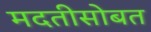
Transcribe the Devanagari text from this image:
मदतीसोबत